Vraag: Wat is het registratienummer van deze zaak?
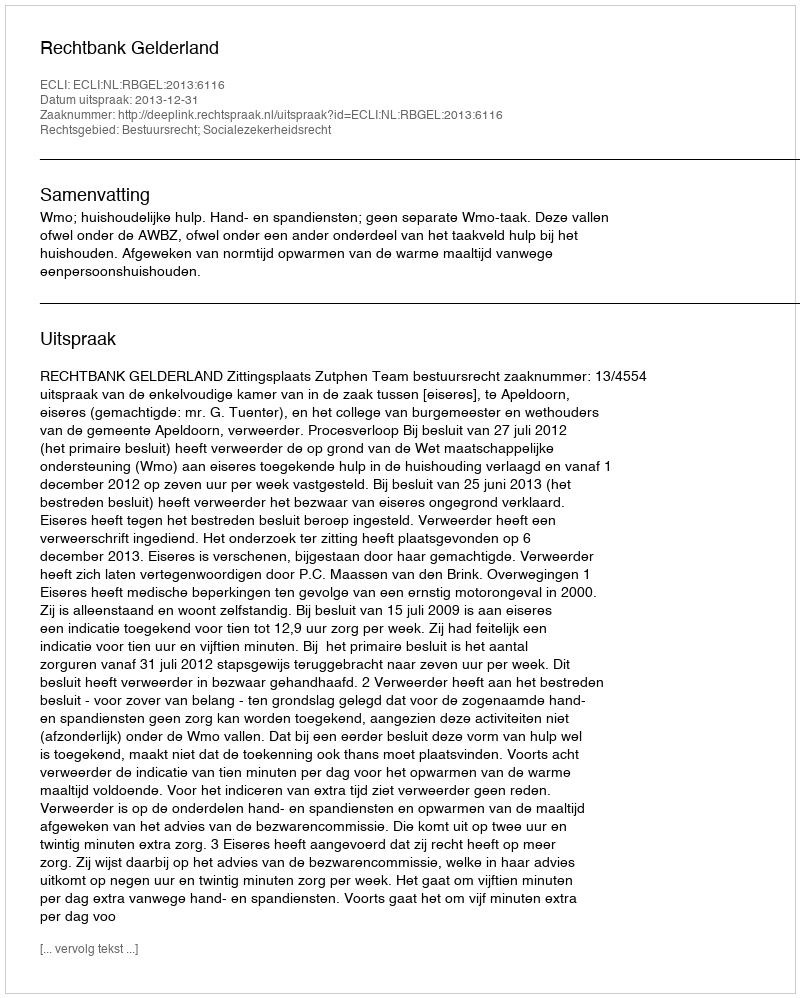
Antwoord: http://deeplink.rechtspraak.nl/uitspraak?id=ECLI:NL:RBGEL:2013:6116